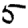
Digit: 5